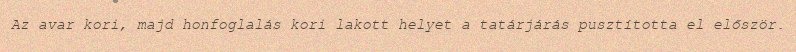
Az avar kori, majd honfoglalás kori lakott helyet a tatárjárás pusztította el először.